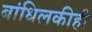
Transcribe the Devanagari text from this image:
बांधिलकीही